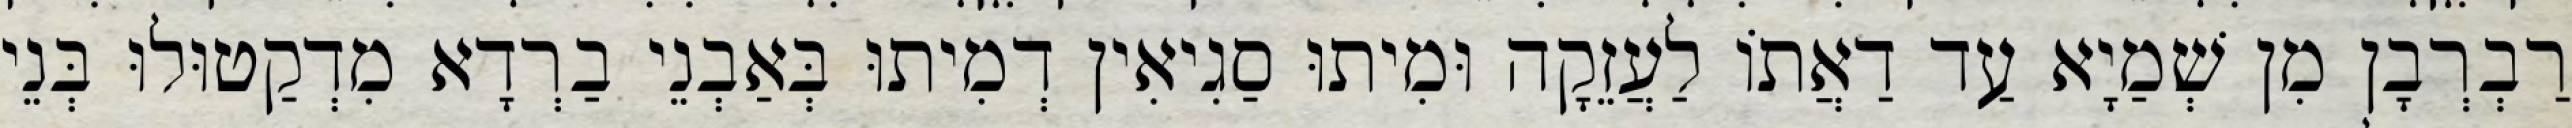
רַבְרְבָן מִן שְׁמַיָא עַד דַאֲתוֹ לַעֲזֵקָה וּמִיתוּ סַגִיאִין דְמִיתוּ בְּאַבְנֵי בַרְדָא מִדְקַטוּלוּ בְּנֵי